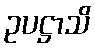
ဥပဋ္ဌာသိ